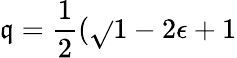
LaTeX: \mathfrak{q}=\frac{{1}}{{2}}(\sqrt{}{{1-2\epsilon}}+1